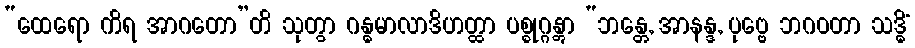
“ထေရော ကိရ အာဂတော”တိ သုတွာ ဂန္ဓမာလာဒိဟတ္ထာ ပစ္စုဂ္ဂန္တွာ “ဘန္တေ, အာနန္ဒ, ပုဗ္ဗေ ဘဂဝတာ သဒ္ဓိံ